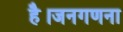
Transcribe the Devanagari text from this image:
है।जनगणना